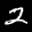
Label: 2